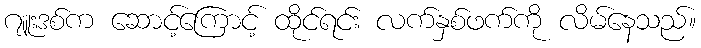
ဂျူးဒစ်က ဆောင့်ကြောင့် ထိုင်ရင်း လက်နှစ်ဖက်ကို လိမ်နေသည်။